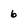
Character: 6